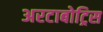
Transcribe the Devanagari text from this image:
अरटाबोट्रिस